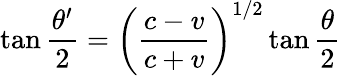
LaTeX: \tan{\frac{\theta^{\prime}}{2}}=\left({\frac{c-v}{c+v}}\right)^{1/2}\tan{\frac{\theta}{2}}